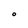
Character: O